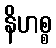
နိဟစ္စ